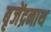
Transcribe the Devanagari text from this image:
बृजेंद्रनाथ